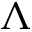
\Lambda